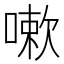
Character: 嗽